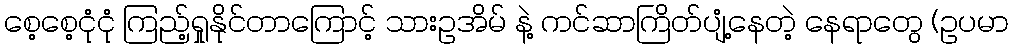
စေ့စေ့ငုံငုံ ကြည့်ရှုနိုင်တာကြောင့် သားဥအိမ် နဲ့ ကင်ဆာကြိတ်ပျံ့နေတဲ့ နေရာတွေ (ဥပမာ